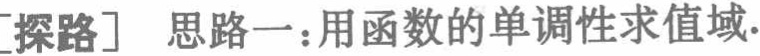
[探路] 思路一：用函数的单调性求值域.